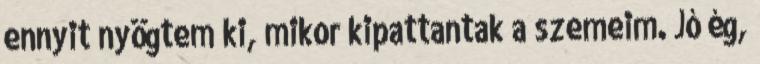
ennyit nyögtem ki, mikor kipattantak a szemeim. Jó ég,